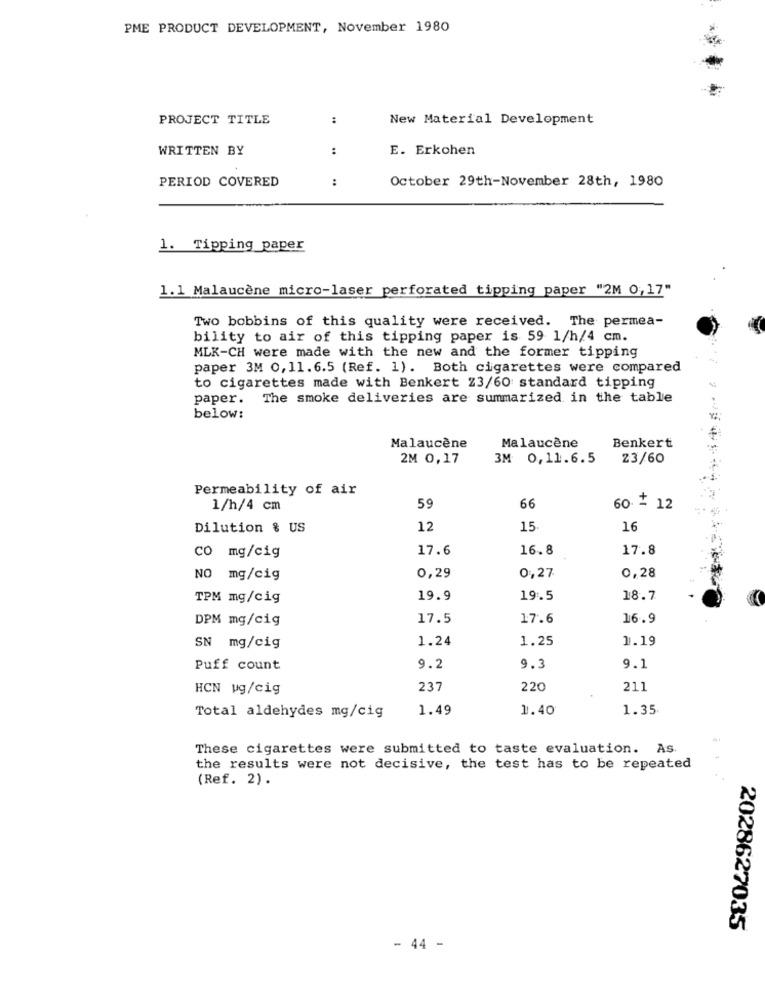
PME PRODUCT DEVELOPMENT, November 1980
PROJECT TITLE
:
New Material Development
WRITTEN BY
:
E. Erkohen
PERIOD COVERED
:
October 29th-November 28th, 1980
1. Tipping paper
1.1 Malaucène micro-laser perforated tipping paper "2M 0,17"
Two bobbins of this quality were received. The permea-
bility to air of this tipping paper is 59 1/h/4 cm.
MLK-CH were made with the new and the former tipping
paper 3M 0,11.6.5 (Ref. 1). Both cigarettes were compared
to cigarettes made with Benkert Z3/60 standard tipping
paper.
The smoke deliveries are summarized in the table
below:
Benkert
Malaucène
Malaucène
2M 0,17
3M 0,11.6.5
23/60
Permeability of air
1/h/4 cm
59
66
60* 12
Dilution & US
12
15
16
17.6
16.8
17.8
CO mg/cig
NO mg/cig
0,29
0,27
0,28
TPM mg/cig
19.9
19.5
18.7
DPM mg/cig
17.5
17.6
16.9
1.24
1.25
1.19
SN mg/cig
Puff count
9.2
9.3
9.1
HCN wg/cig
237
220
211
Total aldehydes mg/cig
1.49
1.40
1.35
These cigarettes were submitted to taste evaluation. As
the results were not decisive, the test has to be repeated
(Ref. 2).
2028627035
- 44 -